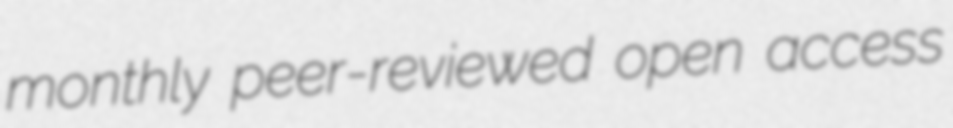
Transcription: monthly peer-reviewed open access